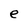
Character: e